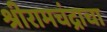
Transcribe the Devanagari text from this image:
श्रीरामचंद्राचा